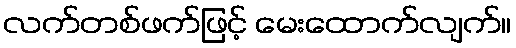
လက်တစ်ဖက်ဖြင့် မေးထောက်လျက်။